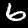
Label: 6